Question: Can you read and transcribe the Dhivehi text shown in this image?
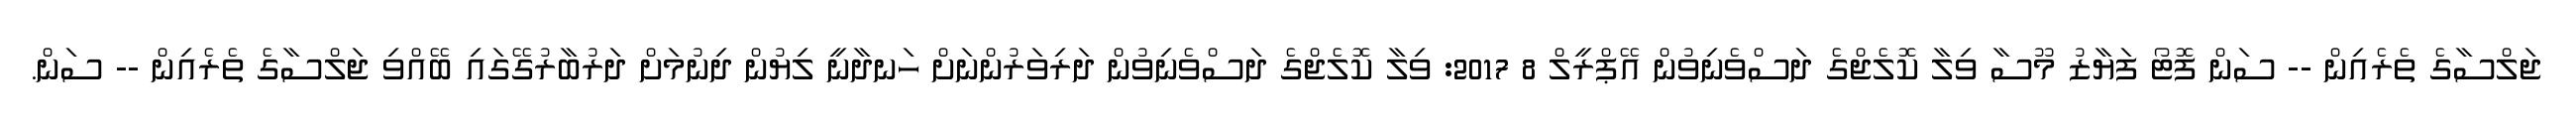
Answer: ޖަލްސާގެ ތެރެއިން -- ސަން ފޮޓޯ ފަޔާޒު މޫސާ ވިލާ ކޮލެޖްގެ ދަސްވެނިވުން އޭޕްރީލް 8 2017: ވިލާ ކޮލެޖްގެ ދަސްވެނިވުން ދަރިވަރުންނަށް ހަނދާނީ ލިޔުން ދިނުމަށް ދަރުބާރުގޭގައި ބޭއްވި ޖަލްސާގެ ތެރެއިން -- ސަން.